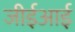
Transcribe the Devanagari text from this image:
जीईआई